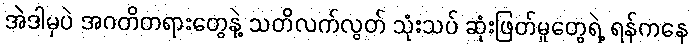
အဲဒါမှပဲ အဂတိတရားတွေနဲ့ သတိလက်လွတ် သုံးသပ် ဆုံးဖြတ်မှုတွေရဲ့ ရန်ကနေ